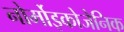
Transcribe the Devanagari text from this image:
नोर्मोइकोजेनिक